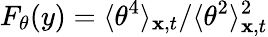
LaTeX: F_{\theta}(y)=\langle\theta^{4}\rangle_{\mathbf{x},t}/\langle\theta^{2}\rangle_{\mathbf{x},t}^{2}